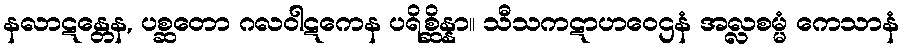
နလာဋန္တေန, ပစ္ဆတော ဂလဝါဋကေန ပရိစ္ဆိန္နာ။ သီသကဋာဟဝေဌနံ အလ္လစမ္မံ ကေသာနံ